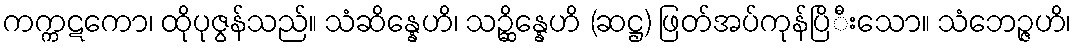
ကက္ကဋကော၊ ထိုပုဇွန်သည်။ သံဆိန္နေဟိ၊ သဉ္ဆိန္နေဟိ (ဆဋ္ဌ) ဖြတ်အပ်ကုန်ပြိီးသော။ သံဘေဉ္ဇဟိ၊